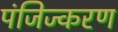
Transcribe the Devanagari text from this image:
पंजिज्करण